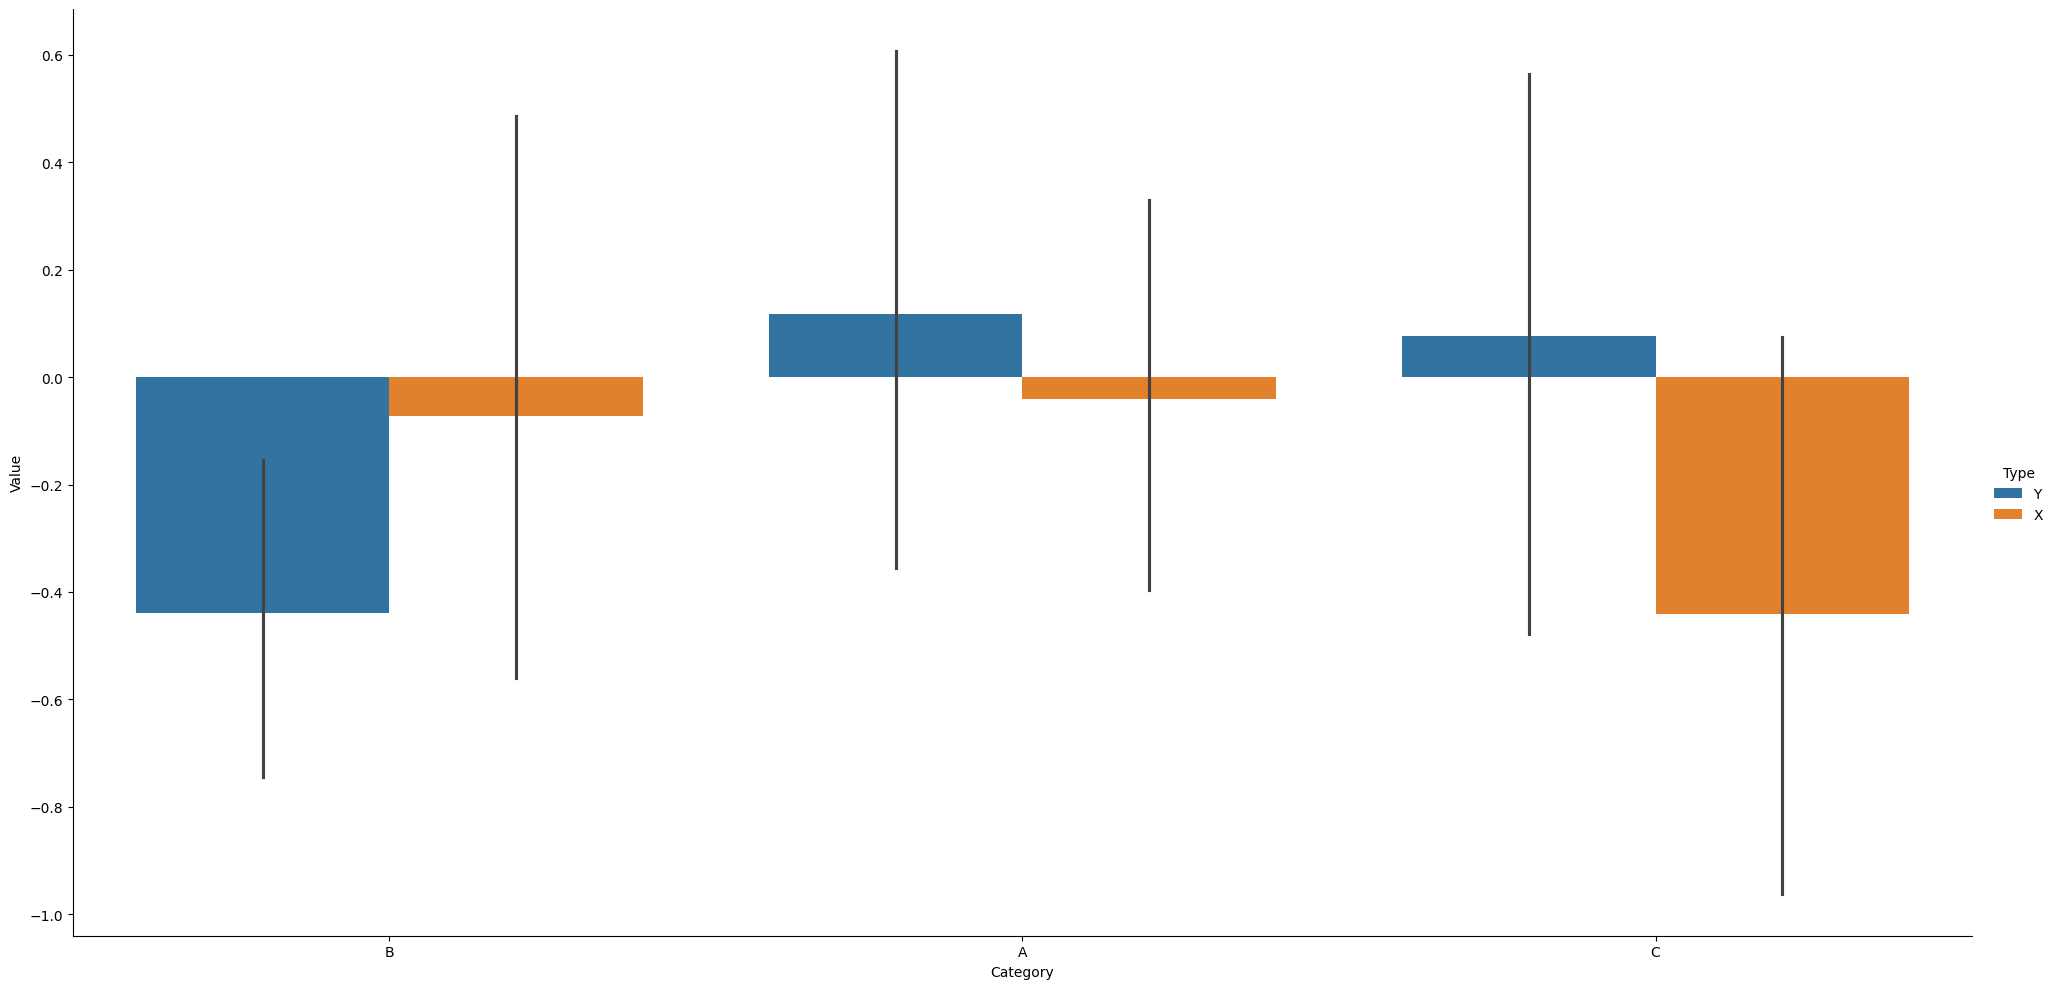
python, seaborn, catplot, kind='bar', height=10, aspect=2